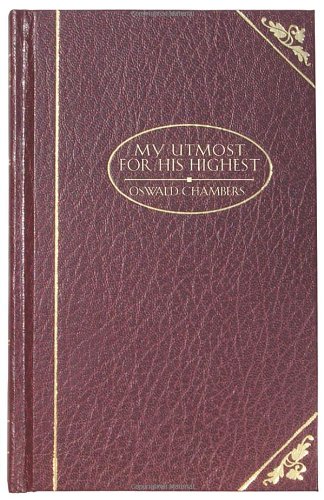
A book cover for My Utmost For His Highest - Deluxe (DELUXE CHRISTIAN CLASSICS); Oswald Chambers; Self-Help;